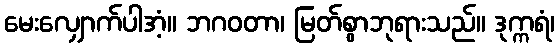
မေးလျှောက်ပါအံ့။ ဘဂဝတာ၊ မြတ်စွာဘုရားသည်။ ဒုက္ကရံ၊